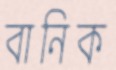
বানিক